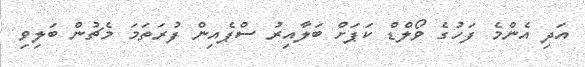
އަދި އެންމެ ފަހުގެ ވޯލްޑް ކަޕަށް ބަލާއިރު ސްޕެއިން ފުރަތަމަ މެޗުން ބަލިވި